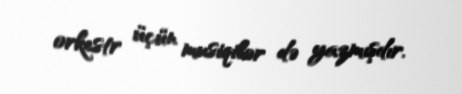
orkestr üçün musiqilər də yazmışdır.